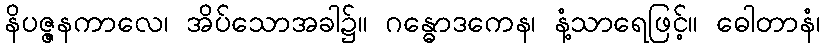
နိပဇ္ဇနကာလေ၊ အိပ်သောအခါ၌။ ဂန္ဓောဒကေန၊ နံ့သာရေဖြင့်။ ဓေါတာနံ၊